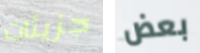
جزيئات بعض